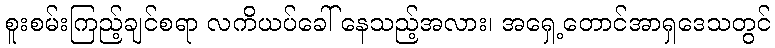
စူးစမ်းကြည့်ချင်စရာ လကိယပ်ခေါ် နေသည့်အလား၊ အရှေ့တောင်အာရှဒေသတွင်